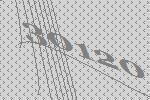
30120